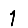
Digit: 1